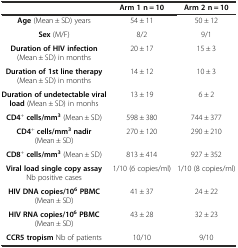
|  | Arm 1 n = 10 | Arm 2 n = 10 |
 | --- | --- | --- |
 | Age (Mean ± SD) years | 54 ± 11 | 50 ± 12 |
 | Sex (M/F) | 8/2 | 9/1 |
 | Duration of HIV infection (Mean ± SD) in months | 20 ± 17 | 15 ± 3 |
 | Duration of 1st line therapy (Mean ± SD) in months | 14 ± 12 | 10 ± 3 |
 | Duration of undetectable viral load (Mean ± SD) in monhs | 13 ± 19 | 6 ± 2 |
 | CD4+cells/mm3 (Mean ± SD) | 598 ± 380 | 744 ± 377 |
 | CD4+cells/mm3nadir (Mean ± SD) | 270 ± 120 | 290 ± 210 |
 | CD8+cells/mm3 (Mean ± SD) | 813 ± 414 | 927 ± 352 |
 | Viral load single copy assay Nb positive cases | 1/10 (6 copies/ml) | 1/10 (8 copies/ml) |
 | HIV DNA copies/106PBMC (Mean ± SD) | 41 ± 37 | 24 ± 22 |
 | HIV RNA copies/106PBMC (Mean ± SD) | 43 ± 28 | 32 ± 23 |
 | CCR5 tropism Nb of patients | 10/10 | 9/10 |